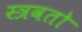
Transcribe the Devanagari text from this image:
स्त्रवतो